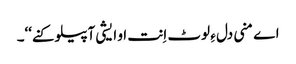
اے منی دل ءِ لوٹ اِنت او ایشی آپیلو کنے‘‘۔